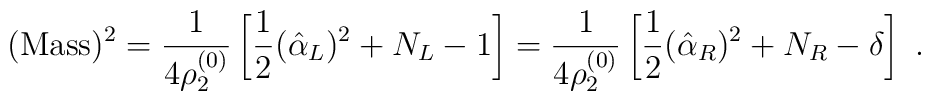
({\rm Mass})^2 = {1\over 4\rho_2^{(0)}} \left[ {1\over 2}(\hat{\alpha}_L)^2 + N_L - 1\right]= {1\over 4\rho_2^{(0)}} \left[ {1\over 2} (\hat{\alpha}_R)^2 + N_R -\delta\right] ~.